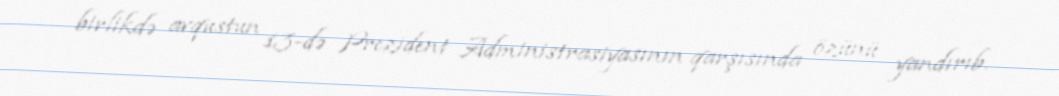
birlikdə avqustun 13-də Prezident Administrasiyasının qarşısında özünü yandırıb.